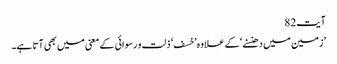
آیت82
’زمین میں دھنسنے‘ کے علاوہ ’خسف ‘ ذلت و رسوائی کے معنی میں بھی آتا ہے۔